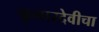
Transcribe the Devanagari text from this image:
कुमारदेवीचा